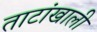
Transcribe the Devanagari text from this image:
ताटांखाली